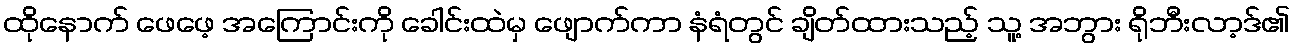
ထိုနောက် ဖေဖေ့ အကြောင်းကို ခေါင်းထဲမှ ဖျောက်ကာ နံရံတွင် ချိတ်ထားသည့် သူ့ အဘွား ရိုဘီးလာ့ဒ်၏